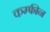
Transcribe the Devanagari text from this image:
कम्फीन